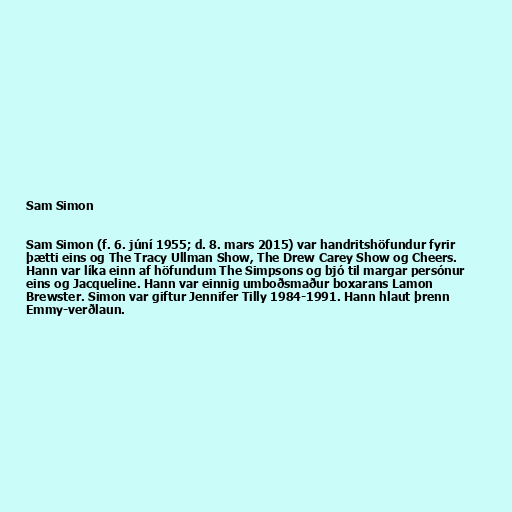
Sam Simon

Sam Simon (f. 6. júní 1955; d. 8. mars 2015) var handritshöfundur fyrir
þætti eins og The Tracy Ullman Show, The Drew Carey Show og Cheers.
Hann var líka einn af höfundum The Simpsons og bjó til margar persónur
eins og Jacqueline. Hann var einnig umboðsmaður boxarans Lamon
Brewster. Simon var giftur Jennifer Tilly 1984-1991. Hann hlaut þrenn
Emmy-verðlaun.